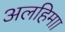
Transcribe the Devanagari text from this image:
अलहिमाा